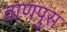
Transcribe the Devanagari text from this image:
वाणपुरा